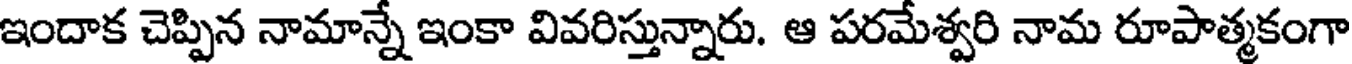
ఇందాక చెప్పిన నామాన్నే ఇంకా వివరిస్తున్నారు. ఆ పరమేశ్వరి నామ రూపాత్మకంగా